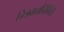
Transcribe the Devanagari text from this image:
चित्रवार्तानिर्मिती